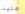
علينا